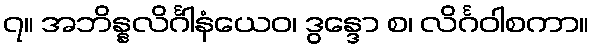
၇။ အဘိန္နလိင်္ဂါနံယေဝ၊ ဒွန္ဒော စ၊ လိင်္ဂဝါစကာ။